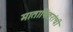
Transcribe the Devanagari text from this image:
मातापितरांची